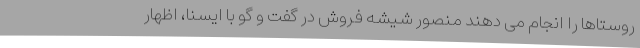
روستاها را انجام می دهند منصور شیشه فروش در گفت و گو با ایسنا، اظهار